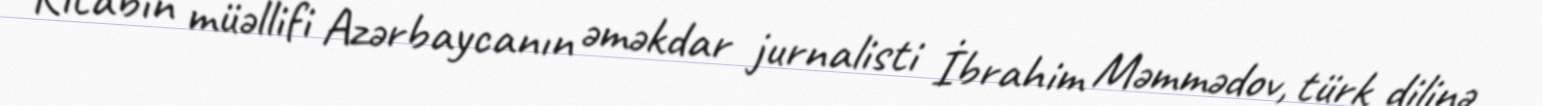
Kitabın müəllifi Azərbaycanın əməkdar jurnalisti İbrahim Məmmədov, türk dilinə